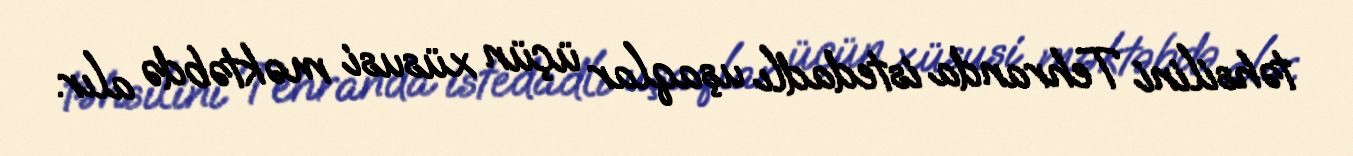
təhsilini Tehranda istedadlı uşaqlar üçün xüsusi məktəbdə alır.